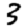
Digit: 3